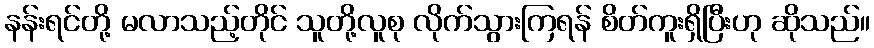
နန်းရင်တို့ မလာသည့်တိုင် သူတို့လူစု လိုက်သွားကြရန် စိတ်ကူးရှိပြီးဟု ဆိုသည်။